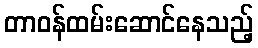
တာဝန်ထမ်းဆောင်နေသည့်